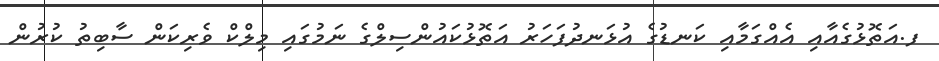
ފ.އަތޮޅުގެއާއި އެއްގަމާއި ކަނޑުގެ އުޅަނދުފަހަރު އަތޮޅުކައުންސިލްގެ ނަމުގައި މިލްކް ވެރިކަން ސާބިތު ކުރުން